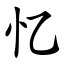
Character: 忆